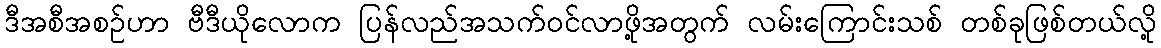
ဒီအစီအစဉ်ဟာ ဗီဒီယိုလောက ပြန်လည်အသက်ဝင်လာဖို့အတွက် လမ်းကြောင်းသစ် တစ်ခုဖြစ်တယ်လို့